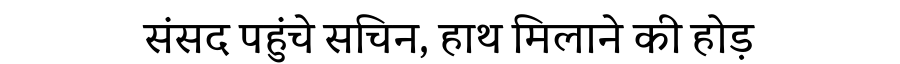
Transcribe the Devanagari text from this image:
संसद पहुंचे सचिन, हाथ मिलाने की होड़